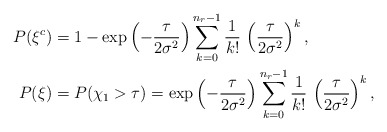
\begin{align*}P(\xi^{c}) & =1-\exp\left(-\frac{\tau}{2\sigma^{2}}\right)\sum_{k=0}^{n_{r}-1}\frac{1}{k!}\,\left(\frac{\tau}{2\sigma^{2}}\right)^{k},\\P(\xi) & =P(\chi_{1}>\tau)=\exp\left(-\frac{\tau}{2\sigma^{2}}\right)\sum_{k=0}^{n_{r}-1}\frac{1}{k!}\,\left(\frac{\tau}{2\sigma^{2}}\right)^{k},\end{align*}